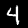
Digit: 4